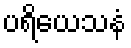
ပရိယေသနံ